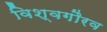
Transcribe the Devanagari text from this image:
विश्वगौरव